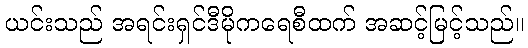
ယင်းသည် အရင်းရှင်ဒီမိုကရေစီထက် အဆင့်မြင့်သည်။